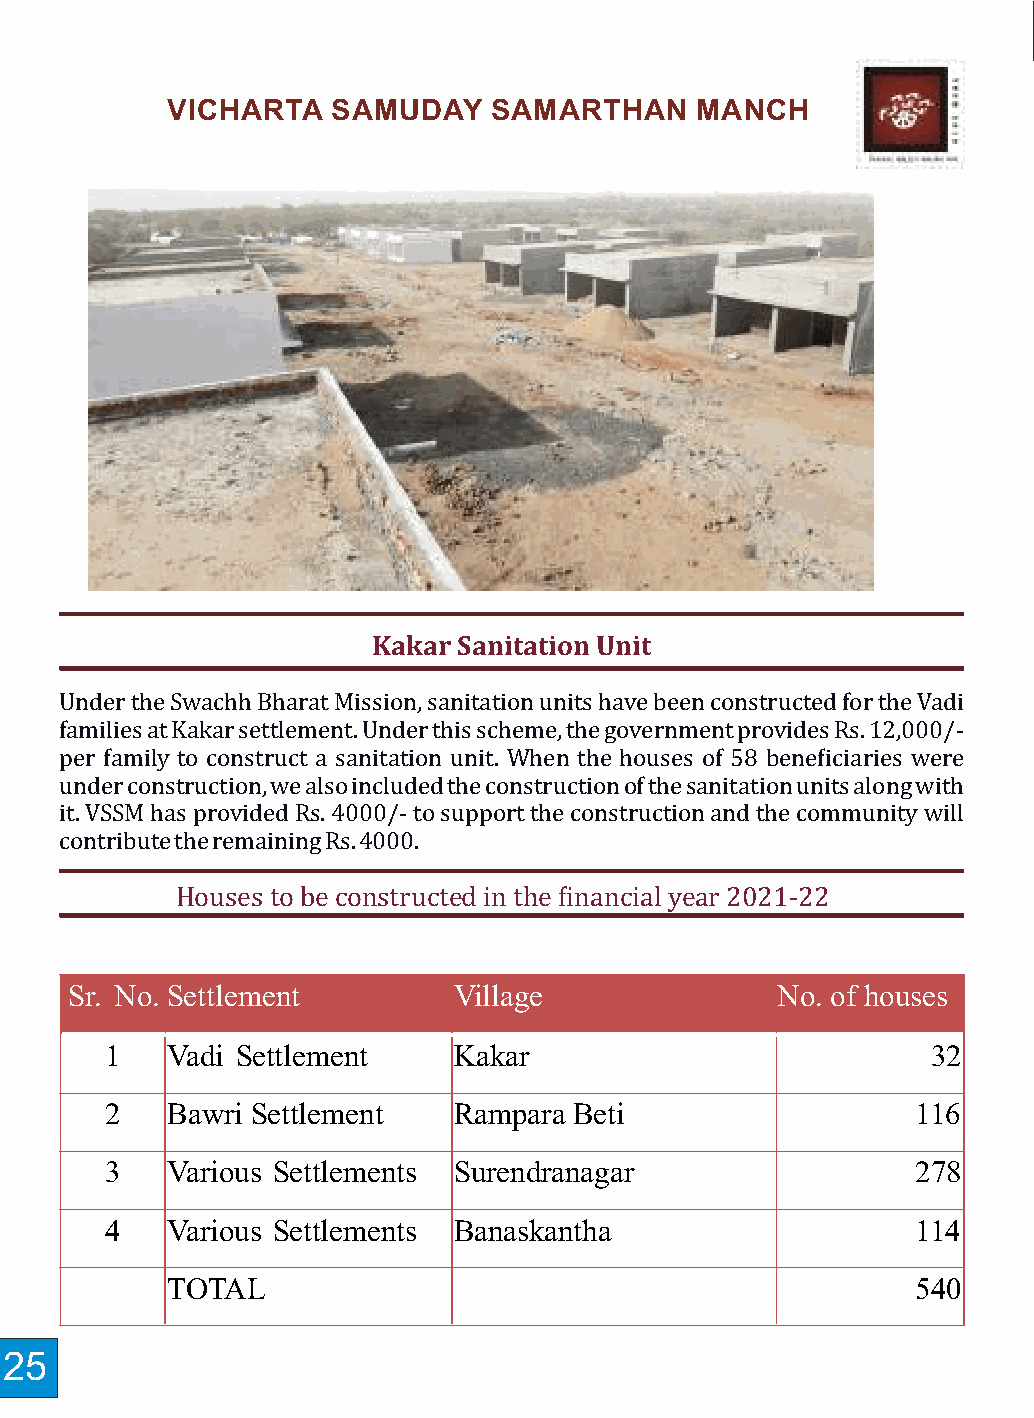
VICHARTA   SAMUDAY   SAMARTHAN     MANCH                       Rehabilitation       Efforts   In  Vadia
 Ø  The families of Vadia are learning to live with their adopted occupations. It is a
 gradual process but we are glad families are holding on and working hard to earn
 their living in a digniied manner.
 Ø  VSSM extended loans to 218 families so far.
 Ø  Two families have moved to neighboring village to venture into farming and cattle
 rearing. VSSM has provided them interest free loans to begin these ventures.
 Ø  VSSM also facilitated construction of 11 houses in Vadia during 2019.
 Ø  Two girls were married during 2020, one to her longtime customer and partner she
 loved. There was some resistance from the family, which was resolved by VSSM and
 the marriage was held in Ahmedabad. Another marriage was held in Palanpur.
 Ø  Two girls were engaged in 2019. It should be noted that engagements and
 weddings prevent elders from pushing girls into prostitution. VSSM encourages
 girls in Vadia to receive education and get married to prevent them from being
 Kakar Sanitation Unit
 forced into prostitution.
 Under the Swachh Bharat Mission, sanitation units have been constructed for the Vadi
 families at Kakar settlement. Under this scheme, the government provides Rs. 12,000/-
 per family to construct a sanitation unit. When the houses of 58 beneiciaries were
 under construction, we also included the construction of the sanitation units along with
 it. VSSM has provided Rs. 4000/- to support the construction and the community will
 contribute the remaining Rs. 4000.
 Houses to be constructed in the inancial year 2021-22
 Sr. No. Settlement        Village              No. of houses
 1   Vadi Settlement    Kakar                           32
 2   Bawri Settlement   Rampara Beti                   116
 3   Various Settlements Surendranagar                 278
 4   Various Settlements Banaskantha                   114
 TOTAL                                             540
 25                                                                                                                                 26